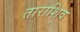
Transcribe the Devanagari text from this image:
ताराशिव